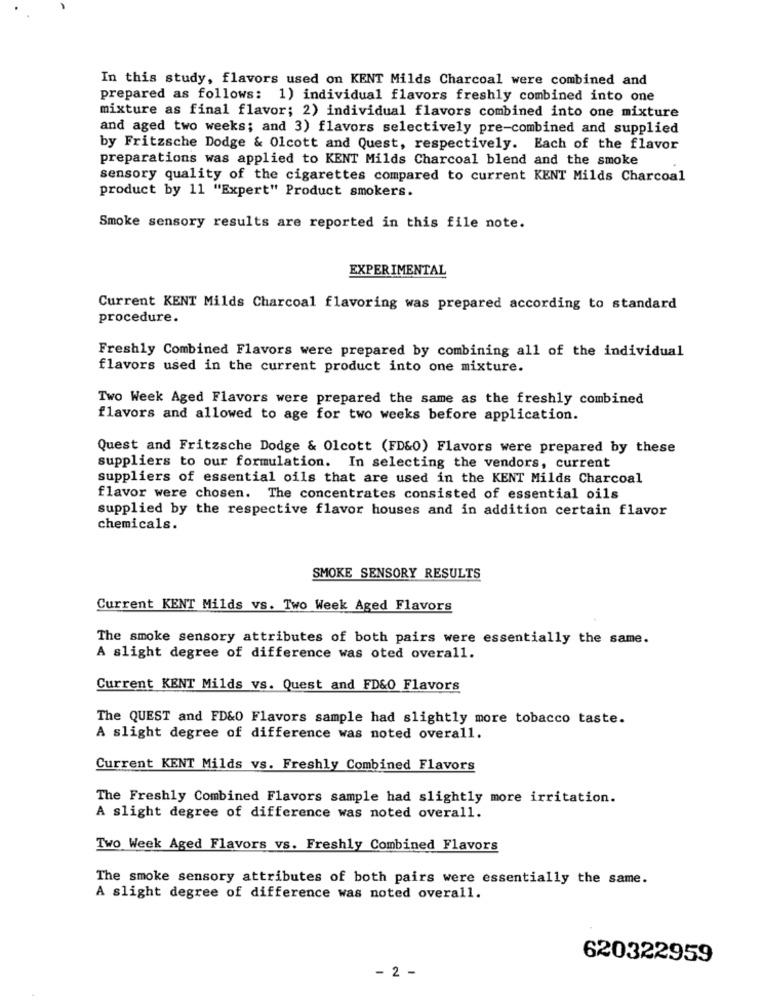
In this study, flavors used on KENT Milds Charcoal were combined and
prepared as follows: 1) individual flavors freshly combined into one
mixture as final flavor; 2) individual flavors combined into one mixture
and aged two weeks; and 3) flavors selectively pre-combined and supplied
by Fritzsche Dodge & Olcott and Quest, respectively. Each of the flavor
preparations was applied to KENT Milds Charcoal blend and the smoke
sensory quality of the cigarettes compared to current KENT Milds Charcoal
product by 11 "Expert" Product smokers.
Smoke sensory results are reported in this file note.
EXPERIMENTAL
Current KENT Milds Charcoal flavoring was prepared according to standard
procedure.
Freshly Combined Flavors were prepared by combining all of the individual
flavors used in the current product into one mixture.
Two Week Aged Flavors were prepared the same as the freshly combined
flavors and allowed to age for two weeks before application.
Quest and Fritzsche Dodge & Olcott (FD&0) Flavors were prepared by these
suppliers to our formulation. In selecting the vendors, current
suppliers of essential oils that are used in the KENT Milds Charcoal
flavor were chosen. The concentrates consisted of essential oils
supplied by the respective flavor houses and in addition certain flavor
chemicals.
SMOKE SENSORY RESULTS
Current KENT Milds vs. Two Week Aged Flavors
The smoke sensory attributes of both pairs were essentially the same.
A slight degree of difference was oted overall.
Current KENT Milds vs. Quest and FD&O Flavors
The QUEST and FD&O Flavors sample had slightly more tobacco taste.
A slight degree of difference was noted overall.
Current KENT Milds vs. Freshly Combined Flavors
The Freshly Combined Flavors sample had slightly more irritation.
A slight degree of difference was noted overall.
Two Week Aged Flavors vs. Freshly Combined Flavors
The smoke sensory attributes of both pairs were essentially the same.
A slight degree of difference was noted overall.
620322959
- 2 -